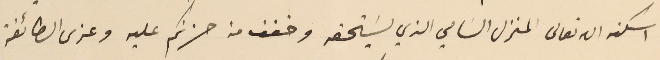
اسكنه الله تعالى المنزل السَامي الذي يسَتحقه وخفف من حزنكم عليه وعزى الطائفة